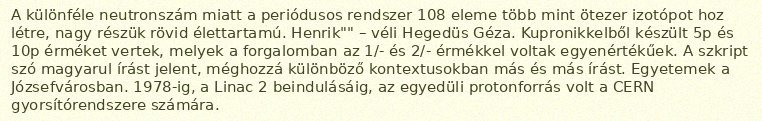
A különféle neutronszám miatt a periódusos rendszer 108 eleme több mint ötezer izotópot hoz létre, nagy részük rövid élettartamú. Henrik"" – véli Hegedüs Géza. Kupronikkelből készült 5p és 10p érméket vertek, melyek a forgalomban az 1/- és 2/- érmékkel voltak egyenértékűek. A szkript szó magyarul írást jelent, méghozzá különböző kontextusokban más és más írást. Egyetemek a Józsefvárosban. 1978-ig, a Linac 2 beindulásáig, az egyedüli protonforrás volt a CERN gyorsítórendszere számára.